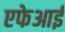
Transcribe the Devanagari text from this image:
एफेआई